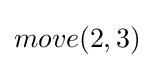
move(2,3)